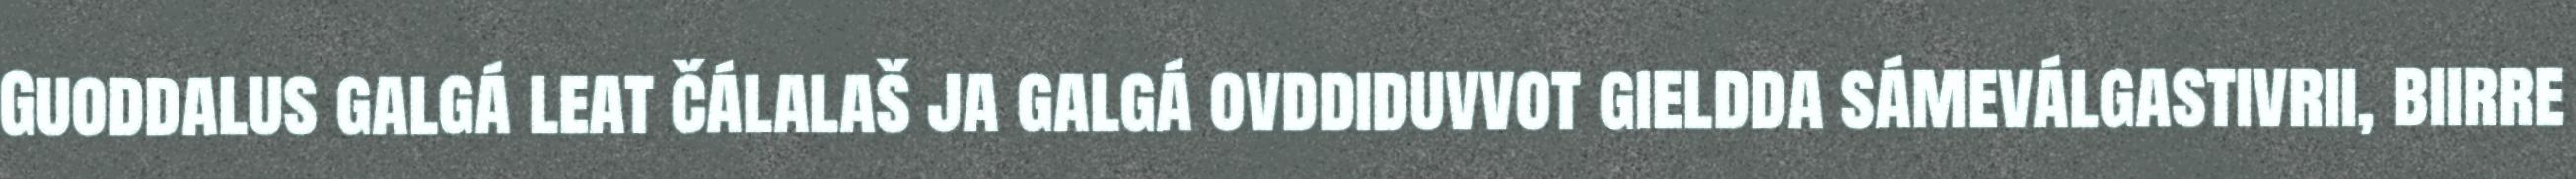
Guoddalus galgá leat čálalaš ja galgá ovddiduvvot gieldda sámeválgastivrii, biirre